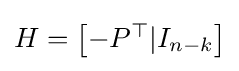
H={\begin{bmatrix}-P^{\top }|I_{n-k}\end{bmatrix}}